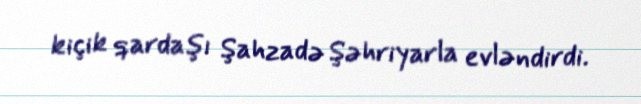
kiçik qardaşı Şahzadə Şəhriyarla evləndirdi.